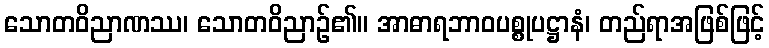
သောတဝိညာဏဿ၊ သောတဝိညာဉ်၏။ အာဓာရဘာဝပစ္စုပဋ္ဌာနံ၊ တည်ရာအဖြစ်ဖြင့်